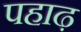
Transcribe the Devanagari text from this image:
पहाढ़